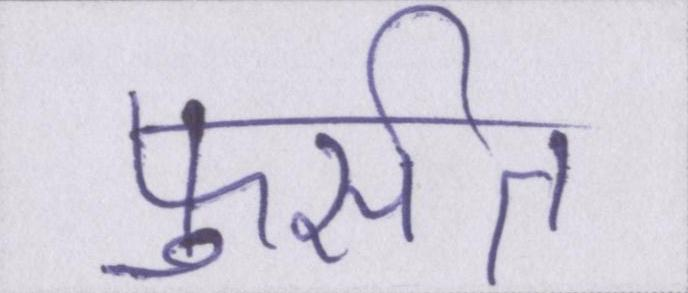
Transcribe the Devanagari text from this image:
फुर्सत